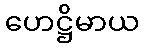
ဟေဋ္ဌိမာယ